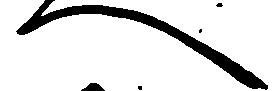
へ